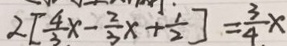
2 [ \frac { 4 } { 3 } x - \frac { 2 } { 3 } x + \frac { 1 } { 2 } ] = \frac { 3 } { 4 } x